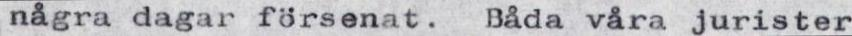
några dagar försenat. Båda våra jurister